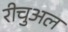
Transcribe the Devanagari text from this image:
रीचुअल